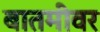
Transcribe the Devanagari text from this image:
बातमीवर